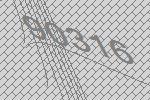
90316